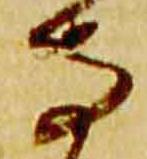
寺